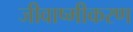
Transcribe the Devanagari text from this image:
जीवाष्मीकरण